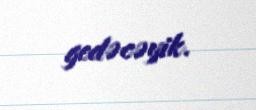
gedəcəyik.